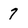
Character: 7